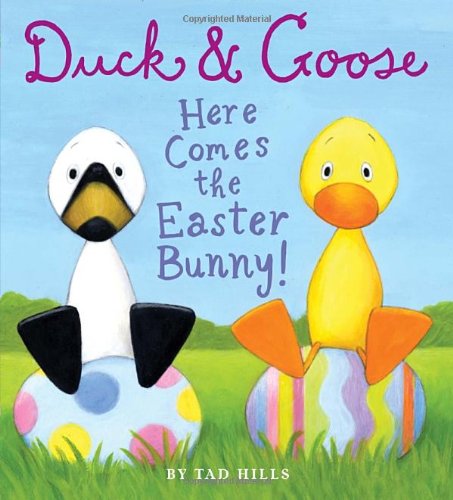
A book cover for Duck & Goose, Here Comes the Easter Bunny!; Tad Hills; Children's Books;